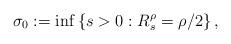
LaTeX: \begin{align*} \sigma_0:=\inf\left\{s>0:R^{\rho}_s=\rho/2\right\}, \end{align*}